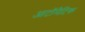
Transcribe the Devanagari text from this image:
आटॉमैटिक